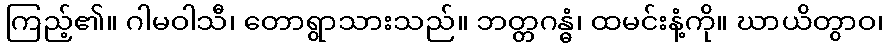
ကြည့်၏။ ဂါမဝါသီ၊ တောရွာသားသည်။ ဘတ္တဂန္ဓံ၊ ထမင်းနံ့ကို။ ဃာယိတွာဝ၊